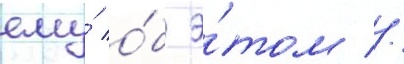
ему́ о́б э́том //